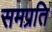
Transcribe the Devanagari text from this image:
समप्रति